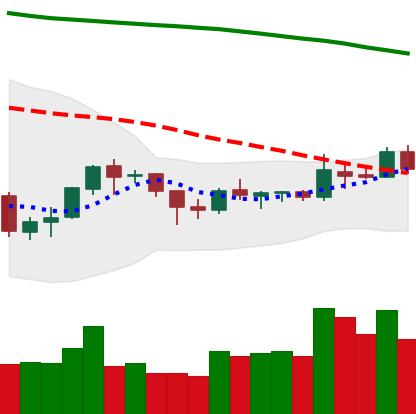
Ticker: BNB-USD
Chart end date: 2018-10-06
Forward return: -10.324%
Label: down_7plus